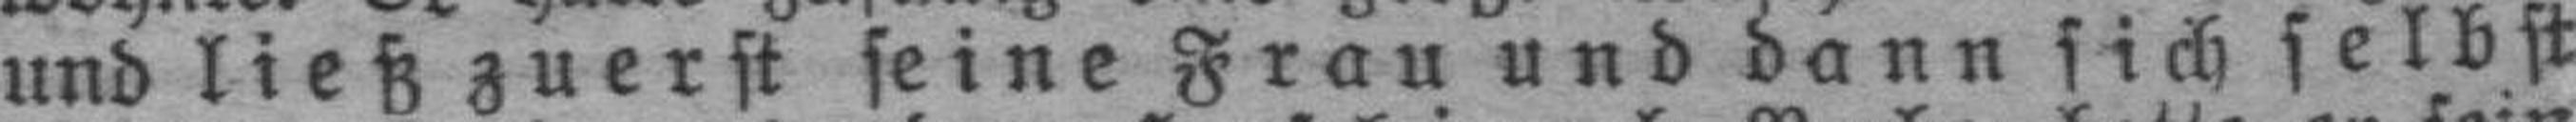
und ließ zuerst seine Frau und dann sich selbst